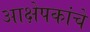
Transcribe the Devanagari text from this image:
आक्षेपकांचे